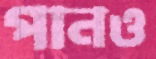
পানও